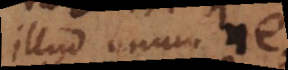
illud unum nec